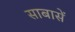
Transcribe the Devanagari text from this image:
साबासें